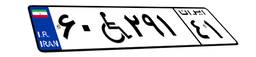
۶۰W۲۹۱۴۱